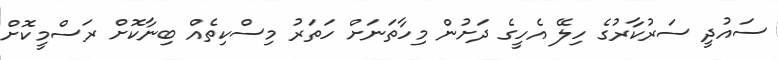
ސައުދީ ސަރުކާރުގެ ހިލޭ އެހީގެ ދަށުން މިހާތަނަށް ހަތަރު މިސްކިތެއް ބިނާކޮށް ރަސްމީކޮށް